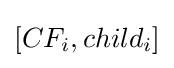
[CF_{i},child_{i}]